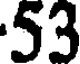
53